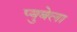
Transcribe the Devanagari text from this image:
प्युबेला